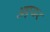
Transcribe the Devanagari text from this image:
अएयर